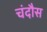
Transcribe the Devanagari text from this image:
चंदौस